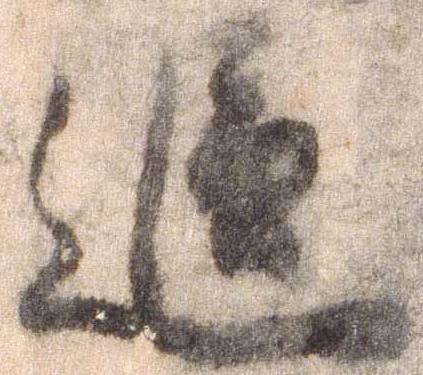
追